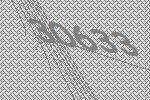
30633